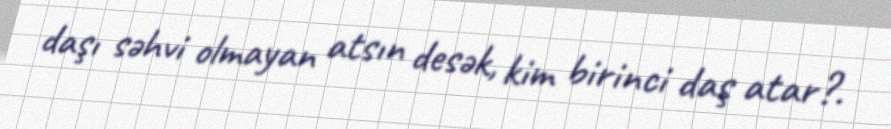
daşı səhvi olmayan atsın desək, kim birinci daş atar?.